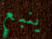
ينبع